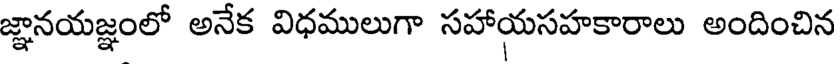
జ్ఞానయజ్ఞంలో అనేక విధములుగా సహాయసహకారాలు అందించిన